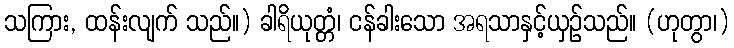
သကြား, ထန်းလျက် သည်။) ခါရိယုတ္တံ၊ ငန်ခါးသော အရသာနှင့်ယှဉ်သည်။ (ဟုတွာ၊)